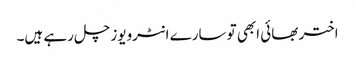
اختر بھائی ابھی تو سارے انٹرویوز چل رہے ہیں۔